Bombay plague: being a history of the progress of plague in the Bombay presidency from September 1896 to June 1899
Year: 1896
Disease focus: Plague
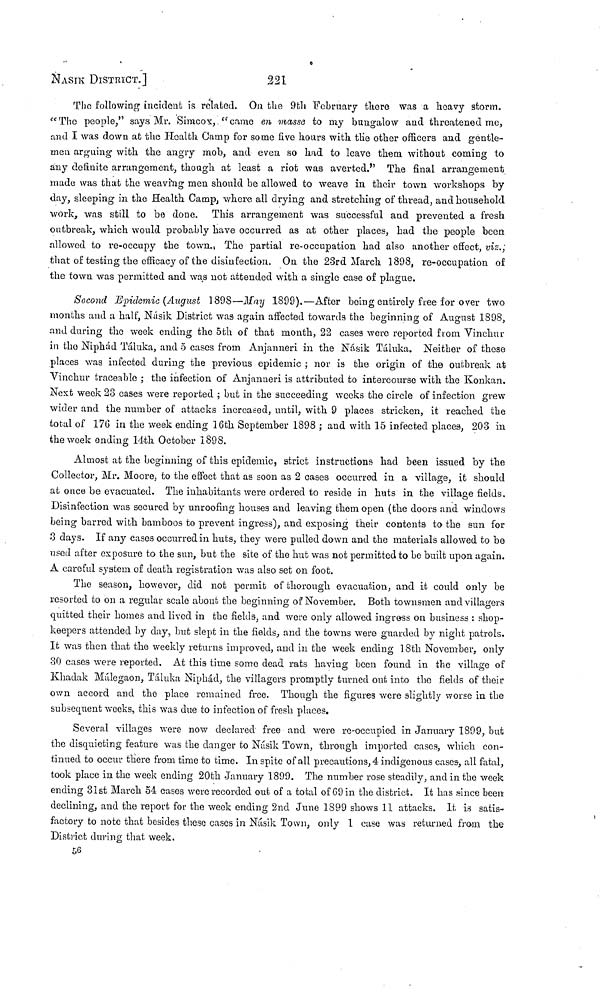
NASIK DISTRICT.
221
Tbc following incident is related. On the 9th February there was a heavy storm.
"The people," says Mr. Simcox, "came en masse to my bungalow and threatened me,
and I was down at the Health Gamp for some five hours with the other officers and gentle-
men arguing with the angry mob, and even so had to leave them without coming to
any definite arrangement, though at least a riot was averted." The final arrangement
made was that the weaving men should be allowed to weave in their town workshops by
day, sleeping in the Health Camp, where all drying and stretching of thread, and household
work, was still to be done. This arrangement was successful and prevented a fresh
outbreak, which would probably have occurred as at other places, had the people been,
allowed to re-occupy the town. The partial re-occupation had also another effect, viz.,
that of testing the efficacy of the disinfection. On the 23rd March 1898, re-occupation of
the town was permitted and was not attended with a single case of plague.
Second Epidemic (August 1898—May 1899).—After being entirely free for over two
months and a half, Násik District was again affected to wards the beginning of August 1898,
and during the week ending the 5th of that month, 22 cases were reported from Vinchur
in the Niphád Táluka, and δ cases from Anjanneri in the Násik Táluka. Neither of these
places was infected during the previous epidemic ; nor is the origin of the outbreak at
Vinchur traceable ; the infection of Anjanneri is attributed to intercourse with the Konkan.
Next week 23 cases were reported ; but in the succeeding weeks the circle of infection grew
wider and the number of attacks increased, until, with 9 places stricken, it reached the
total of 176 in the week ending 16th September 1898 ; and with 15 infected places, 203 in
the week ending 14th October 1898.
Almost at the beginning of this epidemic, strict instructions had been issued by the
Collector, Mr. Moore, to the effect that as soon as 2 cases occurred in a village, it should
at once be evacuated. The inhabitants were ordered to reside in huts in the village fields.
Disinfection was secured by unroofing houses and leaving them open (the doors and windows
being barred with bamboos to prevent ingress), and exposing their contents to the sun for
3 days. If any cases occurred in huts, they were pulled down and the materials allowed to be
used after exposure to the sun, but the site of the hut was not permitted to be built upon again.
A careful system, of death registration was also set on foot.
The season, however, did not permit of thorough evacuation, and it could only be
resorted to on a regular scale about the beginning of November. Both townsmen and villagers
quitted their homes and lived in the fields, and were only allowed ingress on business : shop-
keepers attended by day, but slept in the fields, and the towns were guarded by night patrols.
It was then that the weekly returns improved, and in the week ending 18th November, only
30 cases were reported. At this time some dead rats having been found in the village of
Khadak Málegaon, Táluka Niphád, the villagers promptly turned out into the fields of their
own accord and the place remained free. Though the figures were slightly worse in the
subsequent weeks, this was due to infection of fresh places.
Several villages were now declared free and were re-occupied in January 1899, but
the disquieting feature was the clanger to Násik Town, through imported cases, which con-
tinued to occur there from time to time. In spite of all precautions, 4 indigenous cases, all fatal,
took place in the week ending 20th January 1899. The number rose steadily, and in the week
ending 31st March 54 cases were recorded out of a total of 69 in the district. It has since been
declining, and the report for the week ending 2nd June 1899 shows 11 attacks. It is satis-
factory to note that besides these casos in Násik Town, only 1 cuse was returned from the
District during that week.
56